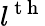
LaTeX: l^{\mathrm{~t~h~}}